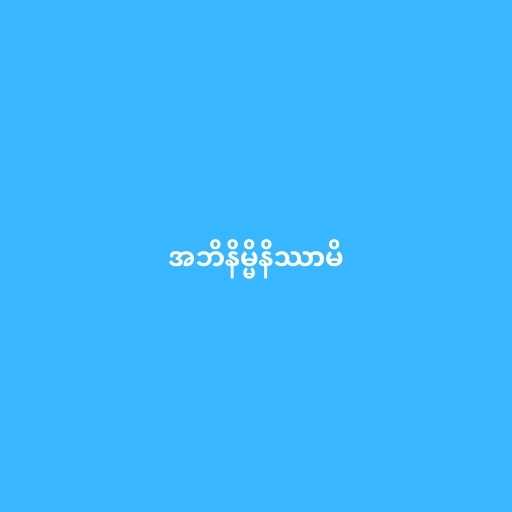
အဘိနိမ္မိနိဿာမိ